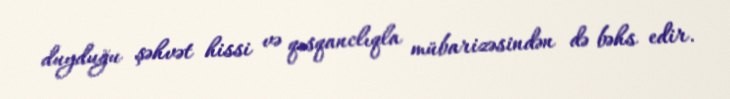
duyduğu şəhvət hissi və qısqanclıqla mübarizəsindən də bəhs edir.